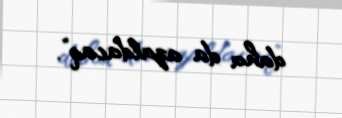
daha da azaldacaq”.